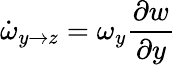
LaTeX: \dot{\omega}_{y\rightarrow z}=\omega_{y}\frac{\partial w}{\partial y}